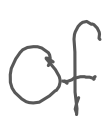
Text: of
Cross-out: clean
Writing tool: digital_gray